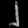
Digit: ၂